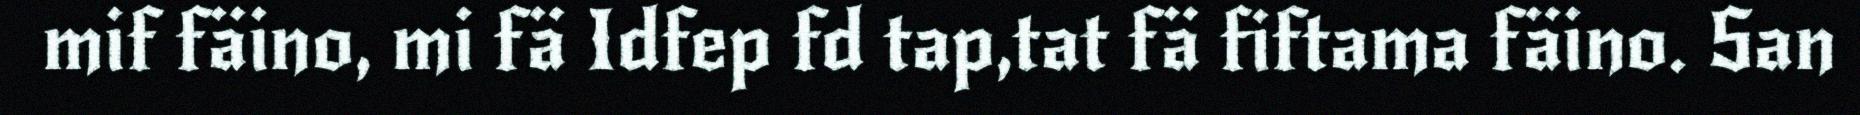
mif fäino, mi fä Idfep fd tap,tat fä fiftama fäino. San